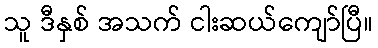
သူ ဒီနှစ် အသက် ငါးဆယ်ကျော်ပြီ။